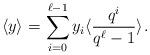
LaTeX: \begin{align*}\langle y \rangle_{} = \sum_{i=0}^{\ell-1} y_i \langle \frac{q^i}{q^\ell-1}\rangle_{}.\end{align*}